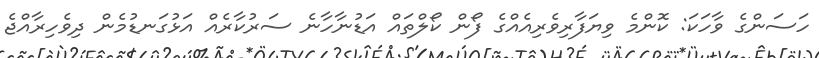
ހަސަންގެ ވާހަކަ: ކޮންމެ ވިޔަފާރިވެރިއެއްގެ ފޯން ކޯލްތައް އަޑުނާހާނެ ސަރުކާރެއް އަޅުގަނޑުމެން ދިވެހިރާއްޖެ